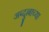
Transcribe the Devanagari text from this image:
अब्दुल्लाच्या